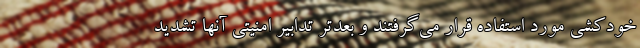
خودکشی مورد استفاده قرار می‌گرفتند و بعدتر تدابیر امنیتی آنها تشدید